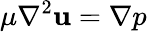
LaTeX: \mu\nabla^{2}\mathbf{u}=\nabla p